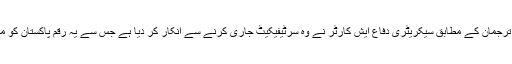
پینٹاگون کے ترجمان کے مطابق سیکریٹری دفاع ایش کارٹر نے وہ سرٹیفیکیٹ جاری کرنے سے انکار کر دیا ہے جس سے یہ رقم پاکستان کو مل سکتی تھی۔